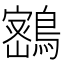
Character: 𪄋